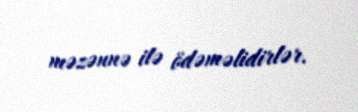
məzənnə ilə ödəməlidirlər.